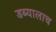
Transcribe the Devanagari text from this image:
डब्यालाच